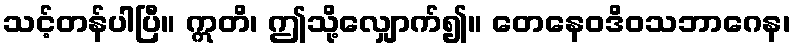
သင့်တန်ပါပြီ။ ဣတိ၊ ဤသို့လျှောက်၍။ တေနေဝဒိဝသဘာဂေန၊